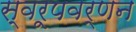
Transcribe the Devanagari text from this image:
स्वरूपवर्णन